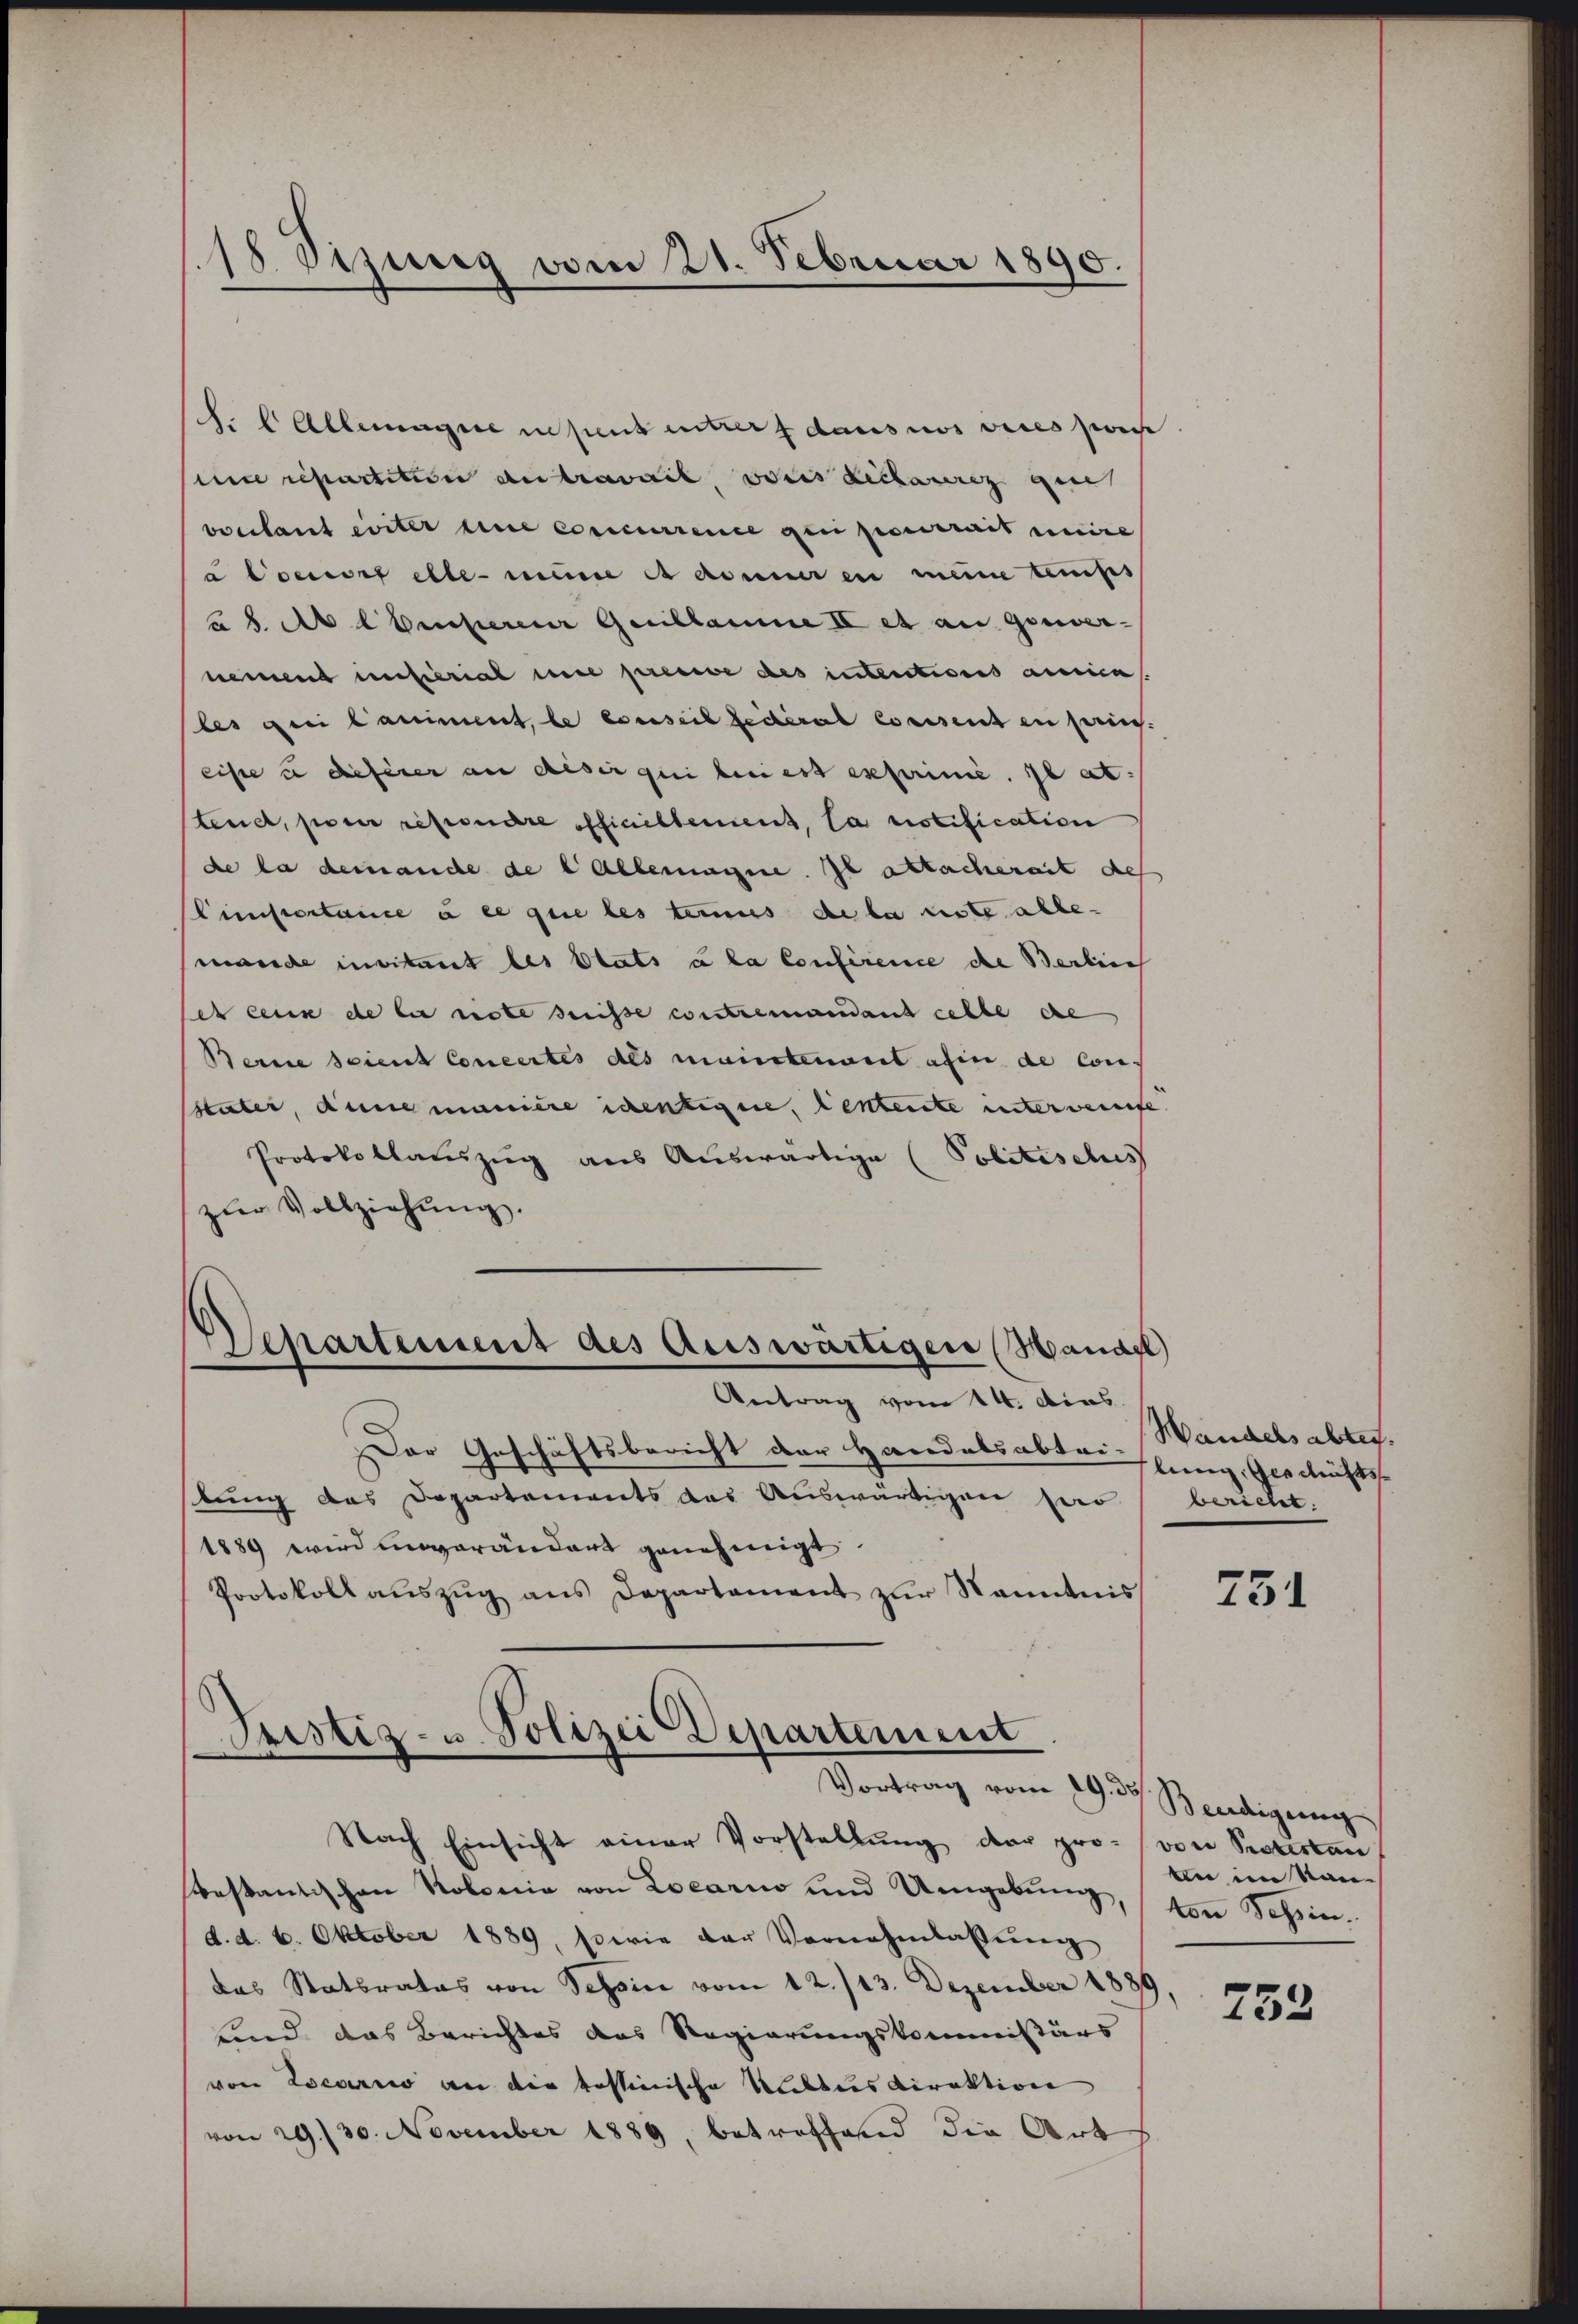
18. Sizung vom 21. Februar 1890.

. Allemagste in pens unters dans nos vices post
un repartition an travail, voris Richaurig gute
verlaut eiter une concurrence qui pourrait unire
a Connoit elle meine et donneren meine temps
u 2. Ab Ebenserer Genblaume II et au gouver-
nemend insterial eine preuve des intentiones annica
les drei Caniment, le conseil jederat consent in sein.
eiste u dieserer an desir qui bei est exprimie. Il at.
tenet, pour respondere officiellement, la notification
de la demande de Allemagne. Il attachereit des
(Limportance à ce que les tenus de la nste alle-
mande instant les blats à la Conference die Berlich
es ceux de sie note seisse contremandant celle de
Berne scient Concertes als maintenant ahin de Consstater, Anne manière identique, lentente unterwenige
Protokollauszug aus Auswärtige (Politisches
zŭr Vollziehŭng.
Departement des Auswärtigen (Handel
Antrag vom 14. dies
Der Geschäftsbericht der Handelsabtei- |
stung das Departements das Auswärtigen Heer
1889 wird unverändert genehmigt.
Protokoll aŭszŭg ans Departement zŭr Kenntnis

Pristiz- u. Polizei Departement
Vortrag vom 29. der Beerdigung

Handelsabten.
lung, Geschäfts
bericht.

Nach Einsicht einer Vorstellung der pro- von Protestan
bestantischen Kolonia von Locarno und Umgebung, von Schind. d. 6. Oktober 1889, sowie der Vornahmlassŭng
das Statsrates von Tessin vom 12./13. Dezember 188
und das Berichtes das Regierungskommissärs
von Locario an die testinische Mitters Direktion
von 29./30. November 1889, betreffend die Art

751

An im San

752